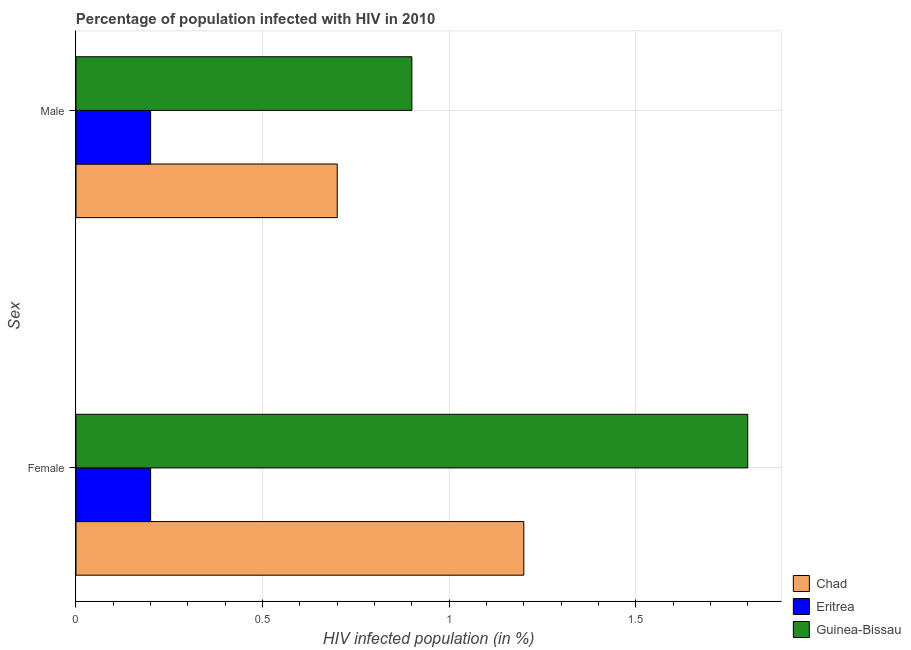
| Sex | Chad | Eritrea | Guinea-Bissau |
 | --- | --- | --- | --- |
 | Female | 1.2 | 0.2 | 1.8 |
 | Male | 0.7 | 0.2 | 0.9 |